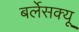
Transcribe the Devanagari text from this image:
बर्लेसक्यू